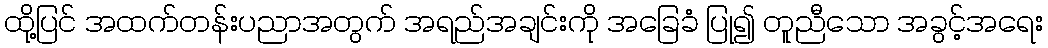
ထို့ပြင် အထက်တန်းပညာအတွက် အရည်အချင်းကို အခြေခံ ပြု၍ တူညီသော အခွင့်အရေး